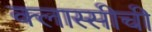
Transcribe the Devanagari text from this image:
क्लास्सीची